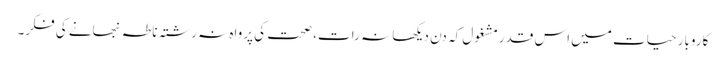
کاروبار حیات میں اس قدرمشغول کہ دن دیکھا نہ رات، صحت کی پرواہ نہ رشتہ ناطہ نبھانے کی فکر۔